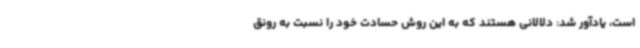
است، یادآور شد: دلالانی هستند که به این روش حسادت خود را نسبت به رونق